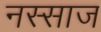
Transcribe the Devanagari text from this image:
नस्साज